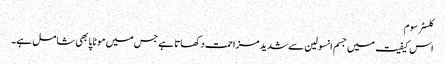
کلسٹر سوم
اس کیفیت میں جسم انسولین سے شدید مزاحمت دکھاتا ہے جس میں موٹاپا بھی شامل ہے۔